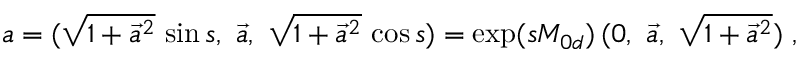
a = ( \sqrt { 1 + \vec { a } ^ { 2 } } \, \sin s , \ \vec { a } , \ \sqrt { 1 + \vec { a } ^ { 2 } } \, \cos s ) = \exp ( s M _ { 0 d } ) \, ( 0 , \ \vec { a } , \ \sqrt { 1 + \vec { a } ^ { 2 } } ) \ ,